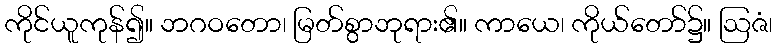
ကိုင်ယူကုန်၍။ ဘဂဝတော၊ မြတ်စွာဘုရား၏။ ကာယေ၊ ကိုယ်တော်၌။ ဩဇံ၊